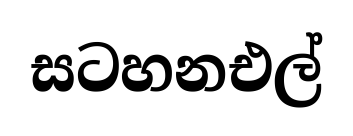
සටහනඑල්